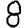
Digit: 8